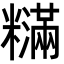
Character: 𬖽